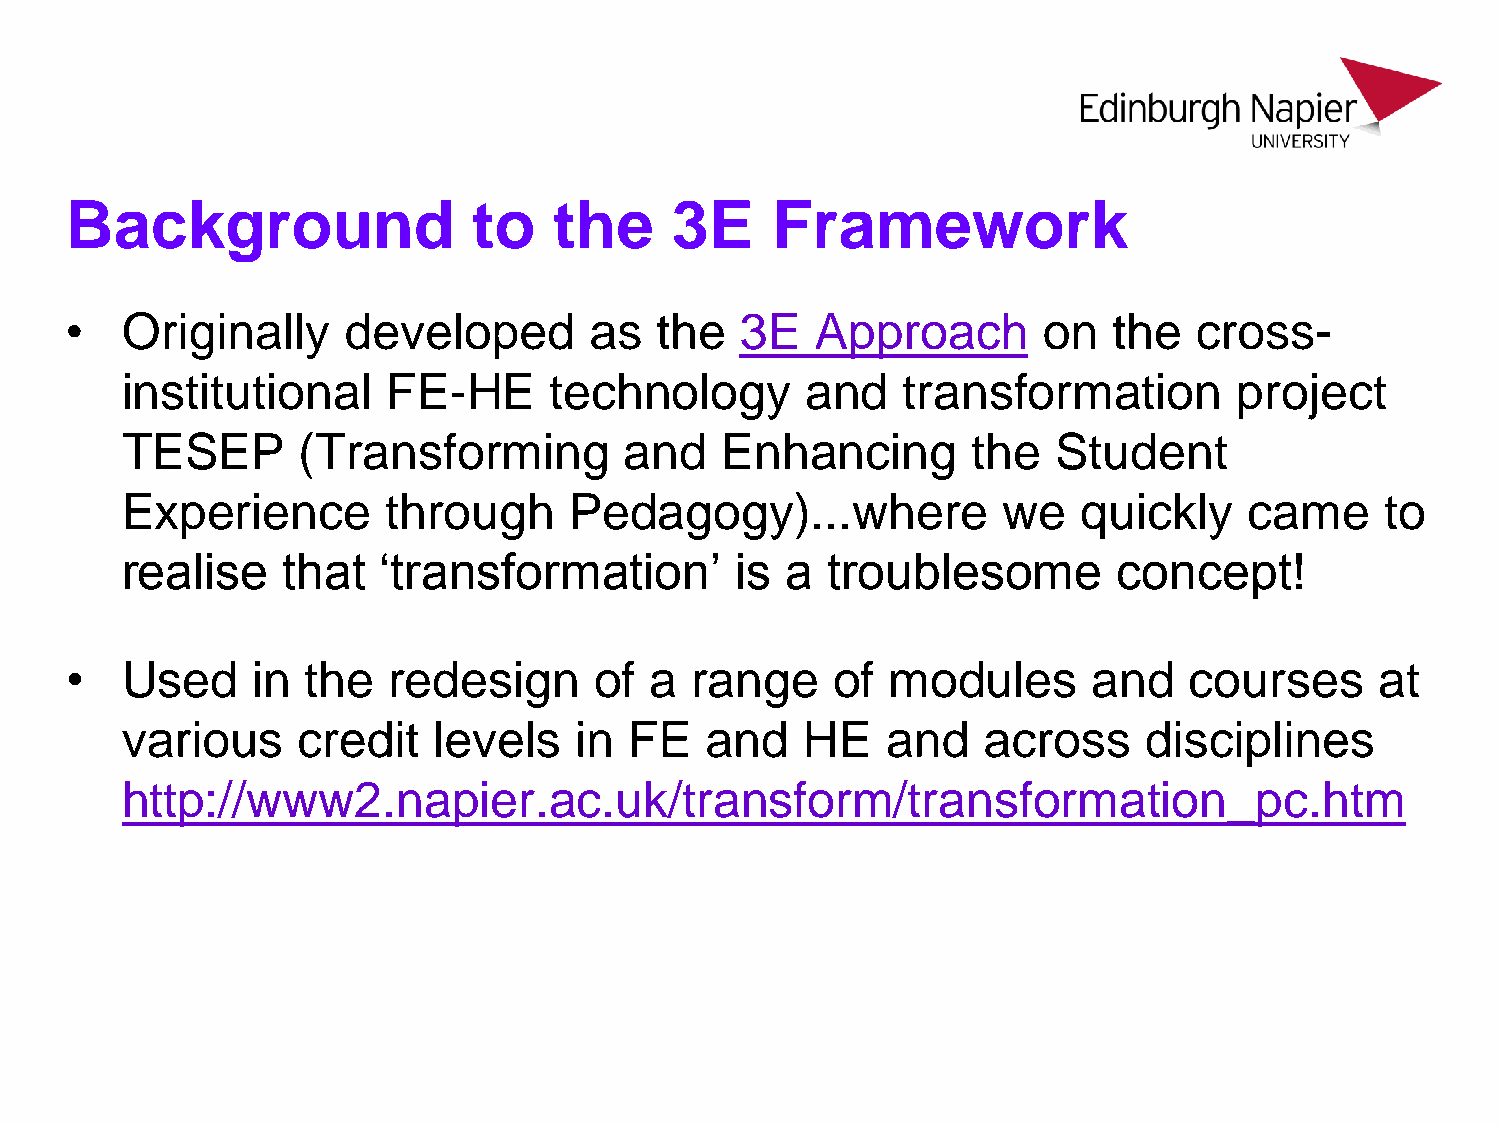
Background                 to    the    3E     Framework
 •   Originally     developed       as  the   3E   Approach       on   the  cross-
 institutional     FE-HE     technology       and    transformation        project
 TESEP       (Transforming        and    Enhancing       the   Student
 Experience        through     Pedagogy)...where           we    quickly    came     to
 realise    that  ‘transformation’        is a  troublesome        concept!
 •   Used     in the   redesign     of  a  range    of  modules      and    courses     at
 various     credit   levels   in  FE   and   HE    and   across     disciplines
 http://www2.napier.ac.uk/transform/transformation_pc.htm